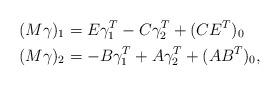
LaTeX: \begin{align*} (M\gamma)_1 &= E\gamma_1^T - C\gamma_2^T + (CE^T)_0\\ (M\gamma)_2 &= -B\gamma_1^T + A\gamma_2^T + (AB^T)_0,\end{align*}